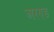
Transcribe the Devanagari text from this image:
अरण्ड